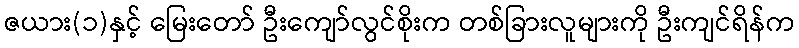
ဇယား(၁)နှင့် မြေးတော် ဦးကျော်လွင်စိုးက တစ်ခြားလူများကို ဦးကျင်ရိန်က